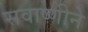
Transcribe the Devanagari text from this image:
सवाष्णीने